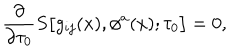
{ \frac { \partial } { \partial \tau _ { 0 } } } S \bigl [ g _ { i j } ( x ) , \phi ^ { a } ( x ) ; \tau _ { 0 } \bigr ] = 0 ,